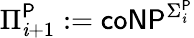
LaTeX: \Pi_{\mathit{i}+1}^{\mathsf{{P}}}:={\mathsf{{coNP}}}^{\Sigma_{\mathit{i}}^{\mathsf{{P}}}}